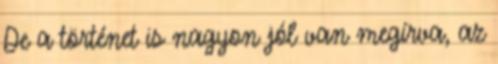
De a történet is nagyon jól van megírva, az